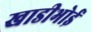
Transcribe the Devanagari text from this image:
खाडीभोई